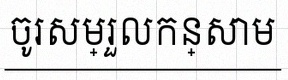
ចូរសម្រួលកន្សោម